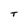
Character: T